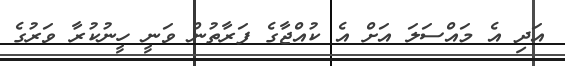
އަދި އެ މައްސަލަ އަށް އެ ކުއްޖާގެ ފަރާތުން ވަނީ ހީނުކުރާ ވަރުގެ